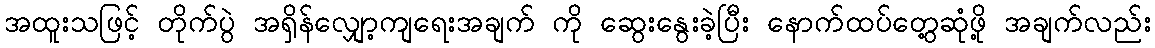
အထူးသဖြင့် တိုက်ပွဲ အရှိန်လျှော့ကျရေးအချက် ကို ဆွေးနွေးခဲ့ပြီး နောက်ထပ်တွေ့ဆုံဖို့ အချက်လည်း